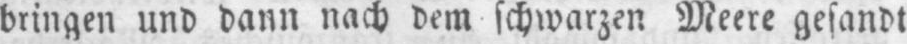
bringen und dann nach dem schwarzen Meere gesandt